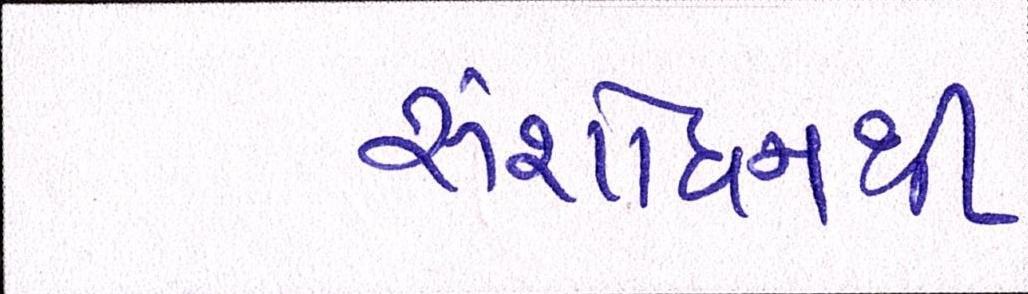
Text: સંશોધનથી